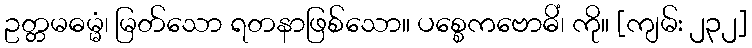
ဥတ္တမဓမ္မံ၊ မြတ်သော ရတနာဖြစ်သော။ ပစ္စေကဗောဓိံ၊ ကို။ [ကျမ်း ၂၃၂]